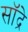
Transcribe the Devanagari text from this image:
सॉद्रे